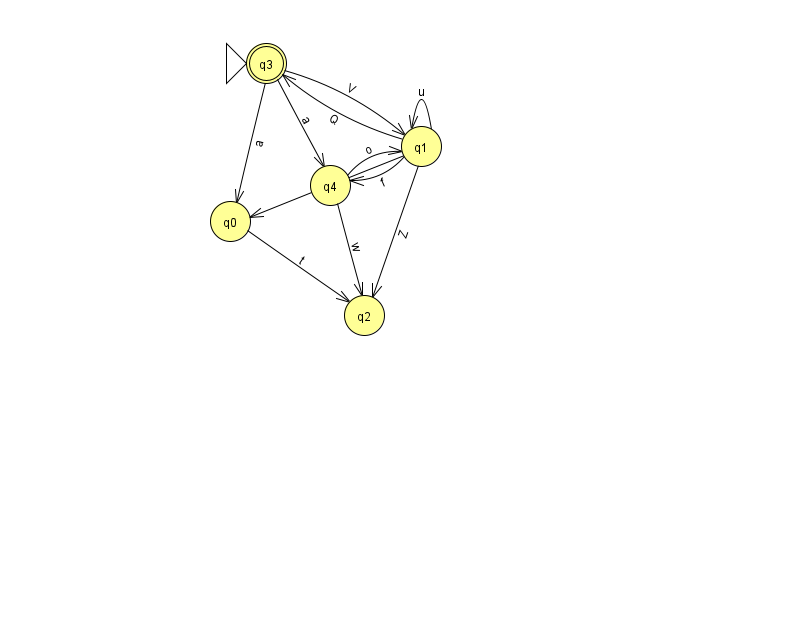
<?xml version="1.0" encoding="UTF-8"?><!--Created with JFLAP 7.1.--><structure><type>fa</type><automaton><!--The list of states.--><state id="0" name="q0"><x>230.0</x><y>208.0</y></state><state id="1" name="q1"><x>421.0</x><y>133.0</y></state><state id="2" name="q2"><x>364.0</x><y>302.0</y></state><state id="3" name="q3"><x>266.0</x><y>50.0</y><initial/><final/></state><state id="4" name="q4"><x>330.0</x><y>172.0</y></state><!--The list of transitions.--><transition><from>1</from><to>3</to><read>Q</read></transition><transition><from>4</from><to>1</to><read>o</read></transition><transition><from>1</from><to>0</to><read>F</read></transition><transition><from>1</from><to>1</to><read>u</read></transition><transition><from>3</from><to>0</to><read>a</read></transition><transition><from>0</from><to>2</to><read>t</read></transition><transition><from>3</from><to>1</to><read>V</read></transition><transition><from>1</from><to>4</to><read>f</read></transition><transition><from>1</from><to>2</to><read>Z</read></transition><transition><from>4</from><to>2</to><read>w</read></transition><transition><from>3</from><to>4</to><read>a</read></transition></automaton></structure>